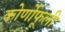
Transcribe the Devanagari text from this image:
कोर्णोफूली